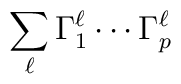
\sum_\ell \Gamma_1^\ell \cdots \Gamma_p^\ell